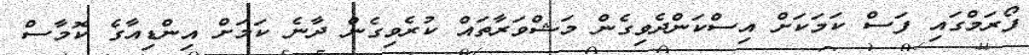
ފޯރަމްގައި ފަސް ކަމަކަށް އިސްކަންދެވިގެން މަޝްވަރާތައް ކުރެވިގެން ދާނެ ކަމަށް އިންޑިއާގެ ކޮމާސް